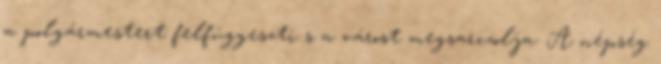
a polgármestert felfüggeszti s a várost megsarczolja. A népség